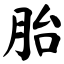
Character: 胎